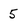
Character: 5